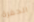
الحفرة